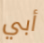
أبي